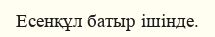
Есенқұл батыр ішінде.